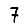
Digit: 7